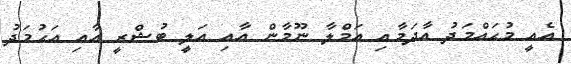
އެއީ މުޙައްމަދު އާދަމާއި އަމްލާ ނޫމާން އާއި އަލީ ބުޝްރީ އާއި އަޙުމަދު